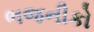
ભજનીકો